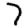
Digit: 7